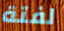
لفتة